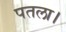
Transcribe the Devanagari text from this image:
पतला।